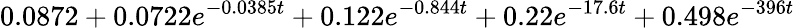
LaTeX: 0.0872+0.0722e^{-0.0385t}+0.122e^{-0.844t}+0.22e^{-17.6t}+0.498e^{-396t}